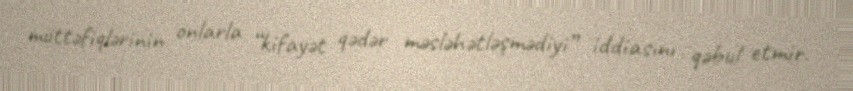
müttəfiqlərinin onlarla “kifayət qədər məsləhətləşmədiyi” iddiasını qəbul etmir.